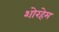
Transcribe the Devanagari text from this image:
शोरहेम